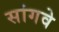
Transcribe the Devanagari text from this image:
सांगवे